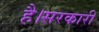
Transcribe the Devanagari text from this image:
है।सरकारी